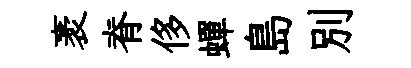
袤脊侈蟬島別